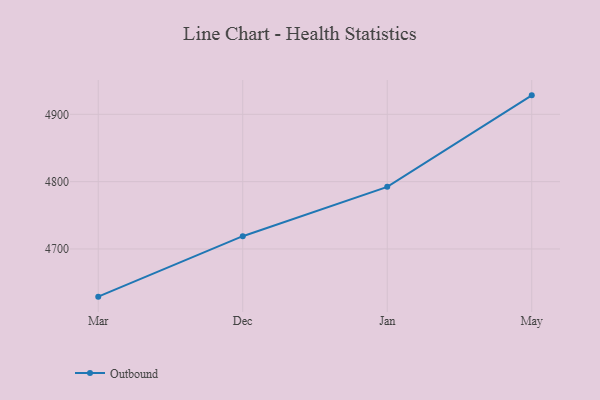
{"axis": {"x": "Month", "y": "Page Views"}, "legend": ["Outbound"], "data": [{"x": "Mar", "y": 4629.2, "type": "Outbound"}, {"x": "Dec", "y": 4719.0, "type": "Outbound"}, {"x": "Jan", "y": 4792.3, "type": "Outbound"}, {"x": "May", "y": 4928.2, "type": "Outbound"}]}